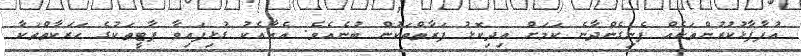
އުފާފާޅުކުރުންތަކެއް ފެނިގެންދާނެ ކަމަށް އިދިކޮޅު ފަރާތްތަކުން ބުނެއެވެ. އެއާއެކު ގުޅިފައިވާ ޕާޓީތަކުގެ ހަރަކާތްތަކާ